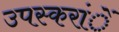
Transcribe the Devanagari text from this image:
उपस्करांें